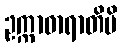
ဥက္ကာဓာရာတိပိ